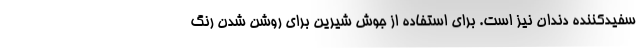
سفیدکننده دندان نیز است. برای استفاده از جوش شیرین برای روشن شدن رنگ